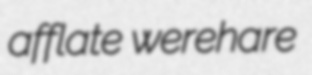
afflate werehare